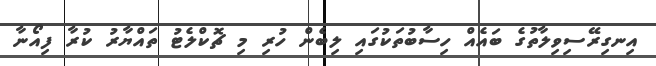
އިނގިރޭސިވިލާތުގެ ބައެއް ހިސާބުތަކުގައި ލިބެން ހުރި މި ޗޮކްލެޓު ތައްޔާރު ކުރާ ފިއޯނާ